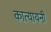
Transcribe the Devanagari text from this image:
कात्‍यायनी